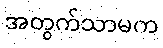
အတွက်သာမက